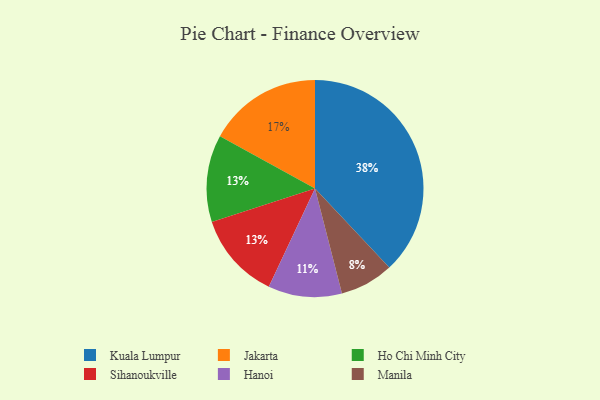
{"axis": {"x": "Category", "y": "Percentage"}, "legend": ["Hanoi", "Ho Chi Minh City", "Jakarta", "Kuala Lumpur", "Manila", "Sihanoukville"], "data": [{"x": "Kuala Lumpur", "y": 38, "type": "Kuala Lumpur"}, {"x": "Manila", "y": 8, "type": "Manila"}, {"x": "Jakarta", "y": 17, "type": "Jakarta"}, {"x": "Hanoi", "y": 11, "type": "Hanoi"}, {"x": "Ho Chi Minh City", "y": 13, "type": "Ho Chi Minh City"}, {"x": "Sihanoukville", "y": 13, "type": "Sihanoukville"}]}